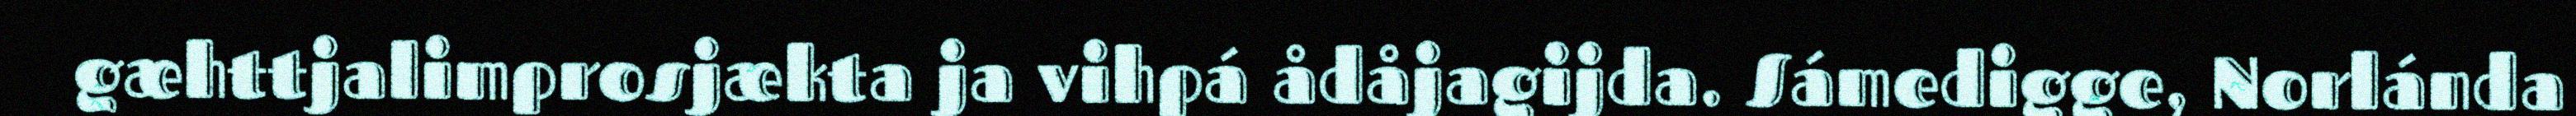
gæhttjalimprosjækta ja vihpá ådåjagijda. Sámedigge, Norlánda